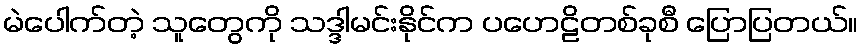
မဲပေါက်တဲ့ သူတွေကို သဒ္ဒါမင်းနိုင်က ပဟေဠိတစ်ခုစီ ပြောပြတယ်။